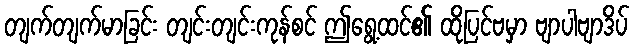
တျက်တျက်မာခြင်း တျင်းတျင်းကုန်စင် ဤရွေ့ထင်၏ ထိုပြင်ဗမှာ ဗျာပါဗျာဒိပ်